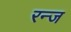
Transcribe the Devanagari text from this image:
रन्ज